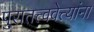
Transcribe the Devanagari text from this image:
पुरातत्त्ववेत्त्यांना